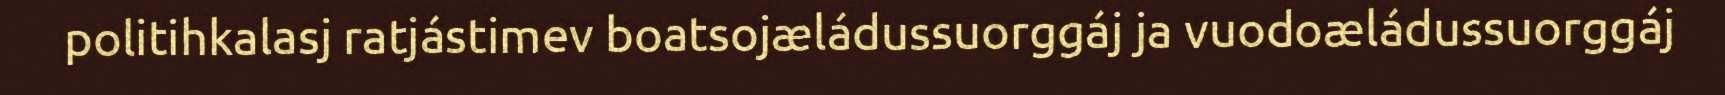
politihkalasj ratjástimev boatsojæládussuorggáj ja vuodoæládussuorggáj